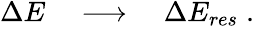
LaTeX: \begin{array}{r}{\Delta E\quad\longrightarrow\quad\Delta E_{res}\; .}\end{array}